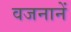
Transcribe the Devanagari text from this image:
वजनानें